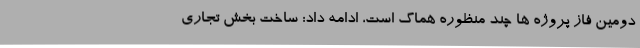
دومین فاز پروژه ها چند منظوره هماگ است، ادامه داد: ساخت بخش تجاری